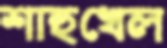
শাহুখেল